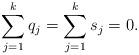
LaTeX: \begin{align*} \sum_{j=1}^k q_j = \sum_{j=1}^k s_j = 0. \end{align*}